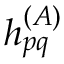
h _ { p q } ^ { ( A ) }